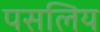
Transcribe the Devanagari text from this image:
पसलिय